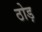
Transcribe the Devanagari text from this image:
ठोड़